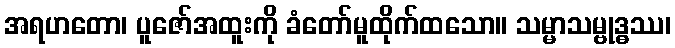
အရဟတော၊ ပူဇော်အထူးကို ခံတော်မူထိုက်ထသော။ သမ္မာသမ္ဗုဒ္ဓဿ၊